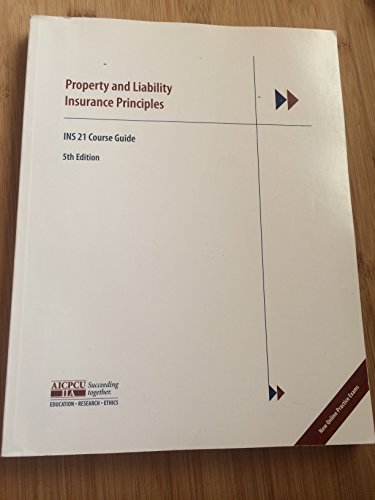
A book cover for Property and Liability Insurance Principles INS 21 Course Guide; AICPCU; Business & Money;